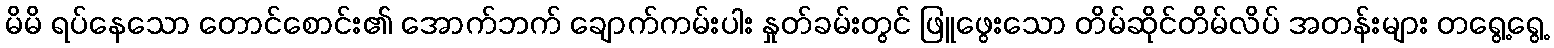
မိမိ ရပ်နေသော တောင်စောင်း၏ အောက်ဘက် ချောက်ကမ်းပါး နှုတ်ခမ်းတွင် ဖြူဖွေးသော တိမ်ဆိုင်တိမ်လိပ် အတန်းများ တရွေ့ရွေ့